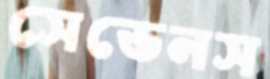
সেভেনস